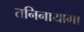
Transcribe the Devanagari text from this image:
तनिनायागा